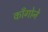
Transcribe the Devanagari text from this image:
काँगोने